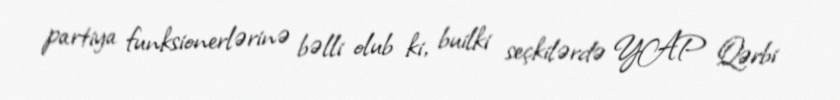
partiya funksionerlərinə bəlli olub ki, builki seçkilərdə YAP Qərbi